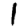
Digit: 1